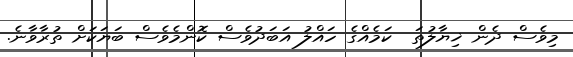
މިވެސް ދެން ޚިޔާލުތަ  ކަމެއްގެ ހައްލު އަބަދުވެސް ކޮންމެވެސް ބަޔަކަށް ތުރާވާނެ.